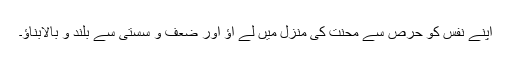
اپنے نفس کو حرص سے محنت کی منزل میں لے آؤ اور ضعف و سستی سے بلند و بالابناؤ۔